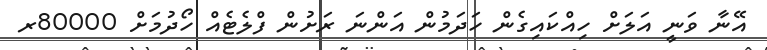
އޭނާ ވަނީ އަލަށް ހިއްކައިގެން ހަދަމުން އަންނަ ރަށުން ފްލެޓެއް ހޯދުމަށް 80000ރ